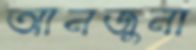
আনজুনা